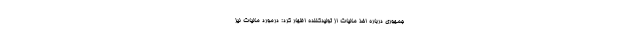
جمهوری درباره اخذ مالیات از تولیدکننده اظهار کرد: درمورد مالیات نیز